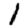
Digit: 1